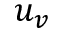
u _ { v }